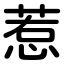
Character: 惹